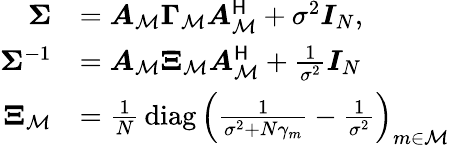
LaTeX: \begin{array}{rl}{\boldsymbol{\Sigma}}&{=\boldsymbol{A}_{\mathcal{M}}\boldsymbol{\Gamma}_{\mathcal{M}}\boldsymbol{A}_{\mathcal{M}}^{\sf H}+\sigma^{2}\boldsymbol{I}_{N},}\\ {\boldsymbol{\Sigma}^{-1}}&{=\boldsymbol{A}_{\mathcal{M}}\boldsymbol{\Xi}_{\mathcal{M}}\boldsymbol{A}_{\mathcal{M}}^{\sf H}+\frac{1}{\sigma^{2}}\boldsymbol{I}_{N}}\\ {\boldsymbol{\Xi}_{\mathcal{M}}}&{=\frac{1}{N}\mathop{\mathrm{diag}}\left(\frac{1}{\sigma^{2}+N\gamma_{m}}-\frac{1}{\sigma^{2}}\right)_{m\in\mathcal{M}}}\end{array}